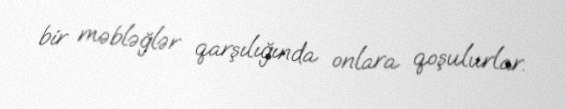
bir məbləğlər qarşılığında onlara qoşulurlar.